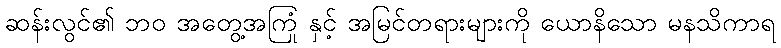
ဆန်းလွင်၏ ဘဝ အတွေ့အကြုံ နှင့် အမြင်တရားများကို ယောနိသော မနသိကာရ